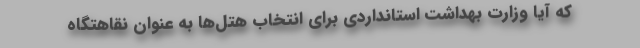
که آیا وزارت بهداشت استانداردی برای انتخاب هتل‌ها به عنوان نقاهتگاه